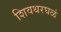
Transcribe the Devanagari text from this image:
शिवथरघळं